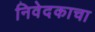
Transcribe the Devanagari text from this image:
निवेदकाचा